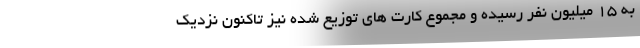
به ۱۵ میلیون نفر رسیده و مجموع کارت های توزیع شده نیز تاکنون نزدیک